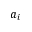
a _ { i }